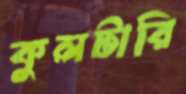
কুলটারি